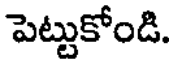
పెట్టుకోండి.